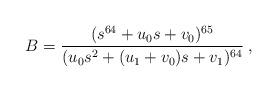
LaTeX: \begin{align*}B = \frac{( s^{64} + u_{0}s + v_{0})^{65}}{(u_{0}s^2 + (u_{1} + v_{0})s+ v_{1} )^{64}} \:, \end{align*}